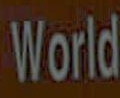
World